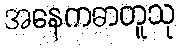
အနေကဓာတူသု